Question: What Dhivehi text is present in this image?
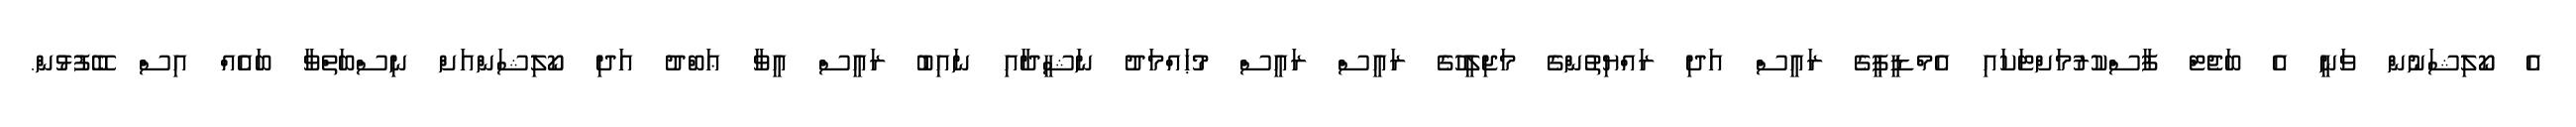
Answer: އެ ކޯލިޝަނުން ވަނީ އެ ބަޖެޓް ފާސްކުރުމަށްޓަކައި އެމްޑީޕީގެ ރައީސް އަދި ރައްޔިތުންގެ މަޖިލީހުގެ ރައީސް ރައީސް މުޙައްމަދު ނަޝީދާއި ނައިބު ރައީސް އީވާ ޢަބްދު އަދި ކޯލިޝަންއަށް ނިސްބަތްވާ ބައެއް އިސް ބޭފުޅުން.